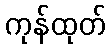
ကုန်ထုတ်